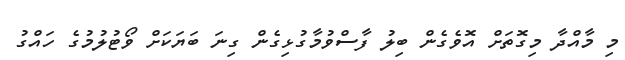
މި މާއްދާ މިގޮތަށް އޮވެގެން ބިލު ފާސްވުމާގުޅިގެން ގިނަ ބަޔަކަށް ވޯޓުލުމުގެ ހައްގު